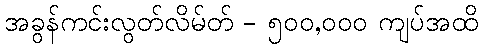
အခွန်ကင်းလွတ်လိမ်တ် - ၅၀၀,၀၀၀ ကျပ်အထိ